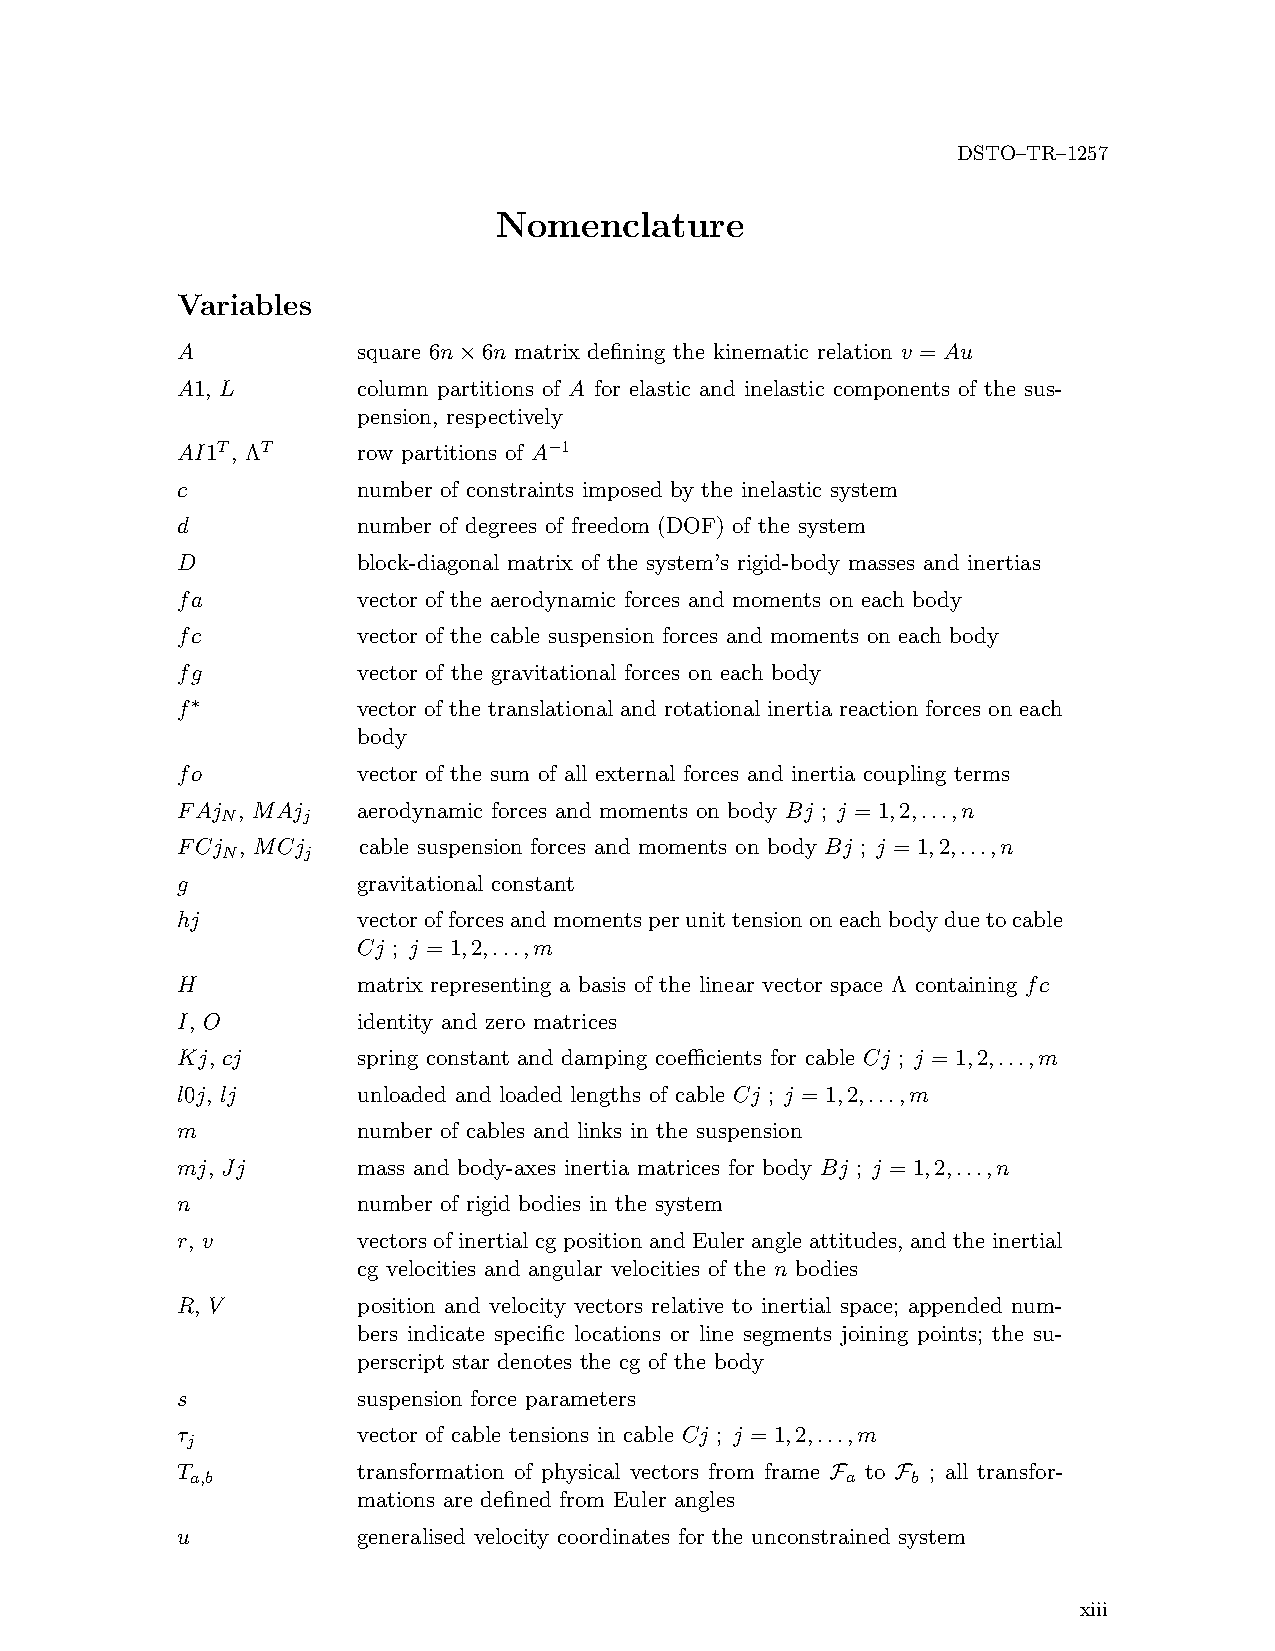
DSTO–TR–1257
 Nomenclature
 Variables
 A           square 6n×6n matrix defining the kinematic relation v = Au
 A1, L       column partitions of A for elastic and inelastic components of the sus-
 pension, respectively
 AI1T, ΛT    row partitions of A−1
 c           number of constraints imposed by the inelastic system
 d           number of degrees of freedom (DOF) of the system
 D           block-diagonal matrix of the system’s rigid-body masses and inertias
 fa          vector of the aerodynamic forces and moments on each body
 fc          vector of the cable suspension forces and moments on each body
 fg          vector of the gravitational forces on each body
 f∗          vector of the translational and rotational inertia reaction forces on each
 body
 fo          vector of the sum of all external forces and inertia coupling terms
 FAj , MAj   aerodynamic forces and moments on body Bj ; j = 1,2,...,n
 N    j
 FCj , MCj   cable suspension forces and moments on body Bj ; j = 1,2,...,n
 N    j
 g           gravitational constant
 hj          vectorofforcesandmomentsperunittensiononeachbodyduetocable
 Cj ; j = 1,2,...,m
 H           matrix representing a basis of the linear vector space Λ containing fc
 I, O        identity and zero matrices
 Kj, cj      spring constant and damping coefficients for cable Cj ; j = 1,2,...,m
 l0j, lj     unloaded and loaded lengths of cable Cj ; j = 1,2,...,m
 m           number of cables and links in the suspension
 mj, Jj      mass and body-axes inertia matrices for body Bj ; j = 1,2,...,n
 n           number of rigid bodies in the system
 r, v        vectors of inertial cg position and Euler angle attitudes, and the inertial
 cg velocities and angular velocities of the n bodies
 R, V        position and velocity vectors relative to inertial space; appended num-
 bers indicate specific locations or line segments joining points; the su-
 perscript star denotes the cg of the body
 s           suspension force parameters
 τ           vector of cable tensions in cable Cj ; j = 1,2,...,m
 j
 T           transformation of physical vectors from frame F to F ; all transfor-
 a,b                                        a   b
 mations are defined from Euler angles
 u           generalised velocity coordinates for the unconstrained system
 xiii